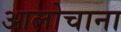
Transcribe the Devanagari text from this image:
आलोचाना